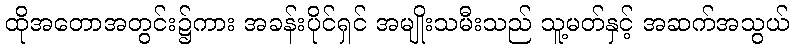
ထိုအတောအတွင်း၌ကား အခန်းပိုင်ရှင် အမျိုးသမီးသည် သူ့မတ်နှင့် အဆက်အသွယ်